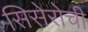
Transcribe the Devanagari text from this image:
सिसेरोची